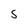
Character: 5